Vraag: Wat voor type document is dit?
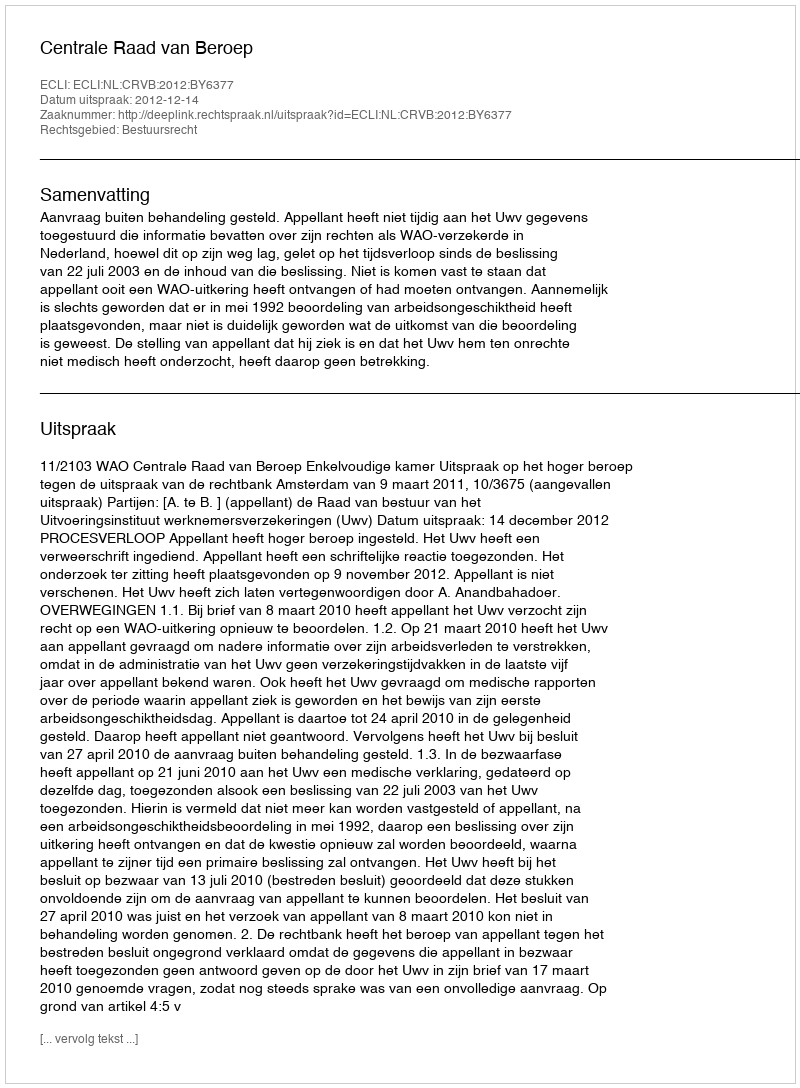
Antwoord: Uitspraak